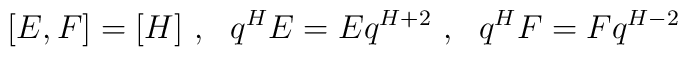
[E, F] = [H]\ ,\ \ q^H E = E q^{H+2}\ ,\ \ q^H F = F q^{H-2}